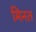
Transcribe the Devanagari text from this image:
मिनत